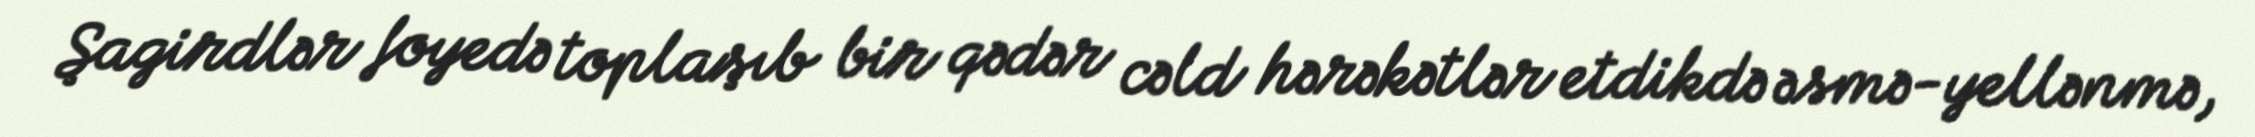
Şagirdlər foyedə toplaşıb bir qədər cəld hərəkətlər etdikdə əsmə-yellənmə,